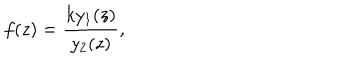
LaTeX: f ( z ) = \frac { k y _ { 1 } ( z ) } { y _ { 2 } ( z ) } ,